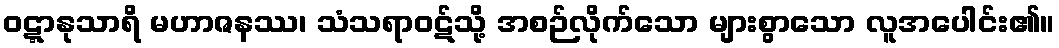
ဝဋ္ဋာနုသာရိ မဟာဇနဿ၊ သံသရာဝဋ်သို့ အစဉ်လိုက်သော များစွာသော လူအပေါင်း၏။